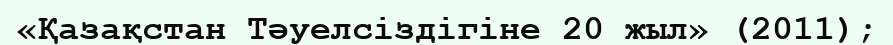
«Қазақстан Тәуелсіздігіне 20 жыл» (2011);